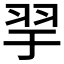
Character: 𦏴